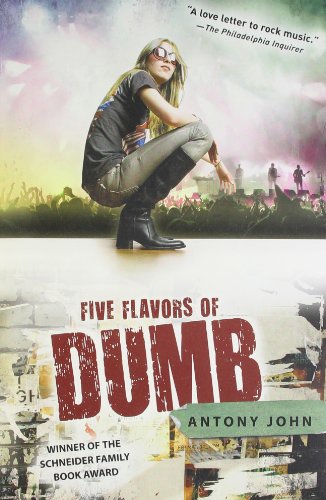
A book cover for Five Flavors of Dumb; Antony John; Teen & Young Adult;